Lunatic asylums United Provinces 1909-1921 - 1909-1921
Year: 1909
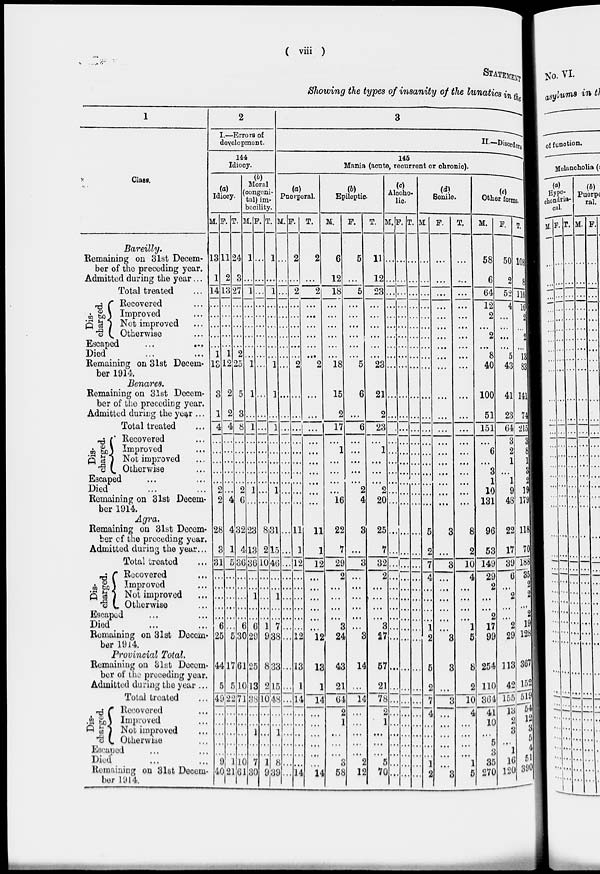
( viii )
STATEMENT
Showing the types of insanity of the lunatics in the
1
Class.
Bareilly.
Remaining on 31st Decem-
ber of the preceding year.
Admitted during the year...
Total treated
Dis-
charged.
Recovered ...
Improved ...
Not improved ...
Otherwise ...
Escaped
...
...
Died ... ...
Remaining on 31st Decem-
ber 1914.
Benares.
Remaining on 31st Decem-
ber of the preceding year.
Admitted during the year ...
Total treated ...
Dis-
charged.
Recovered ...
Improved ...
Not improved ...
Otherwise ...
Escaped ... ...
Died ... ...
Remaining on 31st Decem-
ber 1914.
Agra.
Remaining on 31st Decem-
ber of the preceding year.
Admitted during the year...
Total treated ...
Dis-
charged.
Recovered ...
Improved ...
Not improved ...
Otherwise ...
Escaped ... ...
Died ... ...
Remaining on 31st Decem
bar 1914.
Provincial Total.
Remaining on 31st Decem-
ber of the preceding year.
Admitted during the year ...
Total treated ...
Dis-
charged.
Recovered ...
Improved ...
Not improved ...
Otherwise ...
Escaped ... ...
Died ... ...
Remaining on 31st Decem-
ber 1914.
2
I.—Errors of
development.
144
Idiocy.
(a)
Idiocy.
M.
13
1
14
...
...
...
...
...
1
13
3
1
4
...
...
...
...
...
2
2
28
3
31
...
...
...
...
...
6
25
44
5
49
...
...
...
...
...
9
40
F.
11
2
13
...
...
...
...
...
1
12
2
2
4
...
...
...
...
...
...
4
4
1
5
...
...
...
...
...
...
5
17
5
22
...
...
...
...
...
1
21
T.
24
3
27
...
...
...
...
...
2
25
5
3
8
...
...
...
...
...
2
6
32
4
36
...
...
...
...
...
6
30
61
10
71
...
...
...
...
...
10
61
(b)
Moral
(congeni-
tal) im-
becility.
M.
1
...
1
...
...
...
...
...
...
1
1
...
1
...
...
...
...
...
1
...
23
13
36
...
...
1
...
...
6
29
25
13
38
...
...
1
...
...
7
30
F.
...
...
...
...
...
...
...
...
...
...
...
...
1
...
...
...
...
...
...
...
8
2
10
...
...
...
...
...
1
9
8
2
10
...
...
...
...
...
1
9
T.
1
...
1
...
...
...
...
...
...
1
1
...
...
...
...
...
...
...
1
...
31
15
46
...
...
1
...
...
7
38
33
15
48
...
...
1
...
...
8
39
3
II.––Disorders
145
Mania (acute, recurrent or chronic).
(a)
Puerperal.
M.
...
...
...
...
...
...
...
...
...
...
...
...
1 ..
...
...
...
...
...
...
...
...
...
...
...
...
...
...
...
...
...
...
...
...
...
...
...
...
...
...
...
F.
2
...
2
...
...
...
...
...
...
2
...
...
...
...
...
...
...
...
...
...
11
1
12
...
...
...
...
...
...
12
13
1
14
...
...
...
...
...
...
14
T.
2
...
2
...
...
...
...
...
...
2
...
...
...
...
...
...
...
...
...
...
11
1
12
...
...
...
...
...
...
12
13
1
14
...
...
...
...
...
...
14
(b)
Epileptic.
M.
6
12
18
...
...
...
...
...
...
18
15
2
17
...
1
...
...
...
...
16
22
7
29
2
...
...
...
...
3
24
43
21
64
2
1
...
...
...
3
58
F.
5
...
5
...
...
...
...
...
...
5
6
...
6
...
...
...
...
...
2
4
3
...
3
...
...
...
...
...
...
3
14
...
14
...
...
...
...
...
2
12
T.
11
12
23
...
...
...
...
...
...
23
21
2
23
...
1
...
...
...
2
20
25
7
32
2
...
...
...
...
3
27
57
21
78
2
1
...
...
...
5
70
(c)
Alcoho-
lic.
M.
...
...
...
...
...
...
...
...
...
...
...
...
...
...
...
...
...
...
...
...
...
...
...
...
...
...
...
...
...
...
...
...
...
...
..
...
...
...
1
...
F.
...
...
...
...
...
...
...
...
...
...
...
...
...
...
...
...
...
...
...
...
...
...
...
...
...
...
...
...
...
...
...
...
...
...
...
...
...
...
...
T.
...
...
...
...
...
...
...
...
...
...
...
...
...
...
...
...
...
...
...
...
...
...
...
...
...
...
...
...
...
...
...
...
...
...
...
...
...
...
(d)
Senile.
M.
...
...
...
...
...
...
...
...
...
...
...
...
...
...
...
...
...
...
...
...
5
2
7
4
...
...
...
...
1
2
5
2
7
4
...
...
...
...
1
2
F.
...
...
...
...
...
...
...
...
...
...
...
...
...
...
...
...
...
...
...
...
3
...
3
... ...
...
...
...
...
3
3
...
3
... ...
...
...
...
...
3
T.
...
...
...
...
...
...
...
...
...
...
...
...
...
...
...
...
...
...
...
8
2
10
4
...
...
...
...
1
5
8
2
10
4
...
...
...
...
1
5
(e)
Other forms.
M.
58
6
64
12
2
...
2
...
8
40
100
51
151
...
6
...
3
1
10
131
96
53
149
29
2
...
...
2
17
99
254
110
364
41
10
...
5
3
35
270
F.
50
2
52
4
...
...
...
...
5
43
41
23
64
3
2
1
...
1
9
43
22
17
39
6
...
2
...
...
2
29
113
42
155
13
2
3
...
1
16
120
T.
108
8
116
16
2
...
2
...
13
83
141
74
215
3
8
1
3
2
19
179
118
70
188
35
2
2
...
2
19
128
367
152
519
54
12
3
5
4
51
390